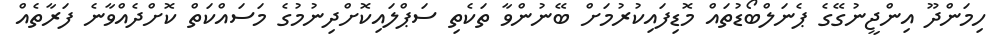
ހިމަންދޫ އިންޖީނުގޭގެ ޕެނަލްބޯޑުތައް މޮޑިފައިކުރުމަށް ބޭނުންވާ ތަކެތި ސަޕްލައިކޮށްދިނުމުގެ މަސައްކަތް ކޮށްދެއްވާނެ ފަރާތެއް